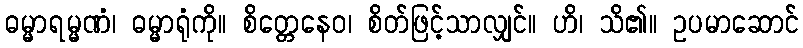
ဓမ္မာရမ္မဏံ၊ ဓမ္မာရုံကို။ စိတ္တေနေဝ၊ စိတ်ဖြင့်သာလျှင်။ ဟိ၊ သိ၏။ ဥပမာဆောင်